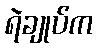
ရဲချုပ်က